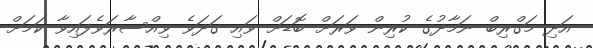
އަދި މަގްރިބް ނަމާދުގެ ކުރިން ވަރަށް ބޮޑަށް ވައި ގަދަވެ ވިއްސާރަވެފައިވާ ކަމަށް